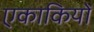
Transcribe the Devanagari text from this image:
एकाकियों